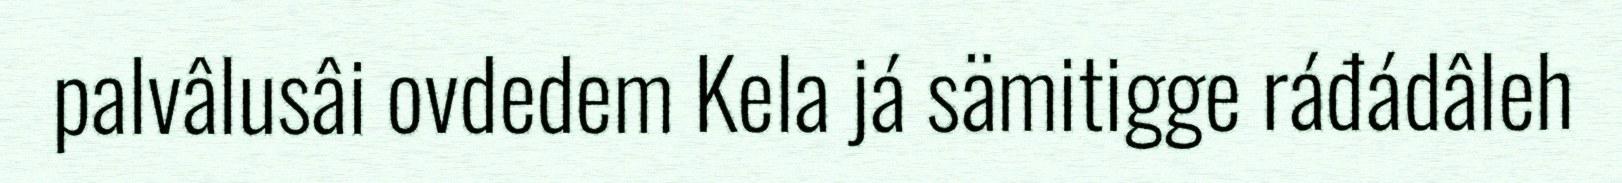
palvâlusâi ovdedem Kela já sämitigge ráđádâleh